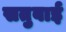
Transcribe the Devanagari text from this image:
सतुबाई